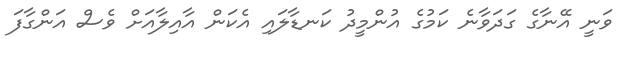
ވަނީ އޭނާގެ ގަދަވާނެ ކަމުގެ އުންމީދު ކަނޑާލައި އެކަން އާއިލާއަށް ވެސް އަންގާފަ